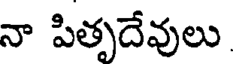
నా పితృదేవులు